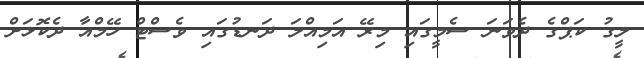
ލީގު ކަޕްގެ ދެވަނަ ސެމީގައި މިރޭ އަމިއްލަ ދަނޑުގައި ވެސްޓް ހޭމްއާ ދެކޮޅަށް